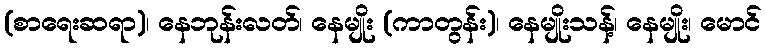
(စာရေးဆရာ)၊ နေဘုန်းလတ်၊ နေမျိုး (ကာတွန်း)၊ နေမျိုးသန့်၊ နေမျိုး၊ မောင်